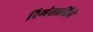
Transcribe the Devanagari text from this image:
रिमंतादिने